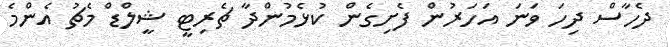
ދެހާސް ދިހަ ވަނަ އަހަރުން ފެށިގެން ކުޅެމުންދާ ޗެރިޓީ ޝީލްޑް މެޗު އެންމެ